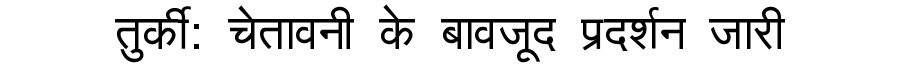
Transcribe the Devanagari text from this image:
तुर्की: चेतावनी के बावजूद प्रदर्शन जारी